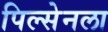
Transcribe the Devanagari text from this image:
पिल्सेनला